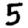
Digit: 5